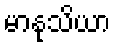
မာနုသိယာ